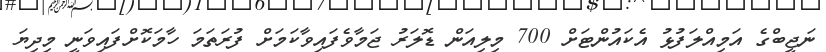
ނަޖީބްގެ އަމިއްލަފުޅު އެކައުންޓަށް 700 މިލިއަން ޑޮލަރު ޖަމާވެފައިވާކަމަށް ފުރަތަމަ ހާމަކޮށްފައިވަނީ މިދިޔަ